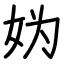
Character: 妫